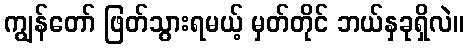
ကျွန်တော် ဖြတ်သွားရမယ့် မှတ်တိုင် ဘယ်နှခုရှိလဲ။